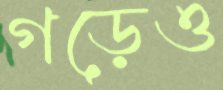
গড়েও